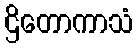
ဌိတောကာသံ